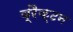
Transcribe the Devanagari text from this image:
ब्रैक्टन